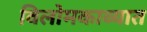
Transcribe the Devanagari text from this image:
विलोमकाव्यात